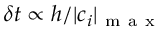
\delta t \propto h / | \boldsymbol { c } _ { i } | _ { \mathrm { ~ m ~ a ~ x ~ } }